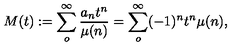
M ( t ) : = \sum _ { o } ^ { \infty } \frac { a _ { n } t ^ { n } } { \mu ( n ) } = \sum _ { o } ^ { \infty } ( - 1 ) ^ { n } t ^ { n } \mu ( n ) ,